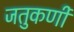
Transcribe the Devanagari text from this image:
जतुकर्णी